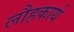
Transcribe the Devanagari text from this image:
लौहकार्य